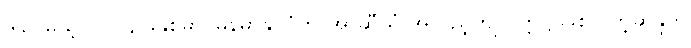
ဒါပေမယ့် ၂၀၁၄ ခုနှစ်မှာ မြန်မာနိုင်ငံက အာဆီယံ အလှည့်ကျ ဥက္ကဋ္ဌ ဖြစ်လိုတဲ့ဆန္ဒကို